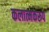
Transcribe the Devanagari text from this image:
कलात्मकरूप